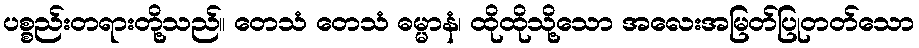
ပစ္စည်းတရားတို့သည်။ တေသံ တေသံ ဓမ္မာနံ၊ ထိုထိုသို့သော အလေးအမြတ်ပြုတတ်သော